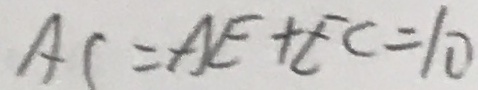
A C = A E + E C = 1 0